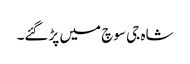
شاہ جی سوچ میں پڑگئے۔